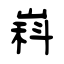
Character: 嵙